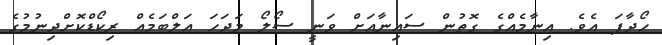
ހޯދާފަ އެވެ. އިނާމެއްގެ ގޮތުން ސައިނާއަށް ވަނީ ސޯލޯ މަދަހަ އަލްބަމެއް ރިކޯޑްކޮށްދިނުމުގެ